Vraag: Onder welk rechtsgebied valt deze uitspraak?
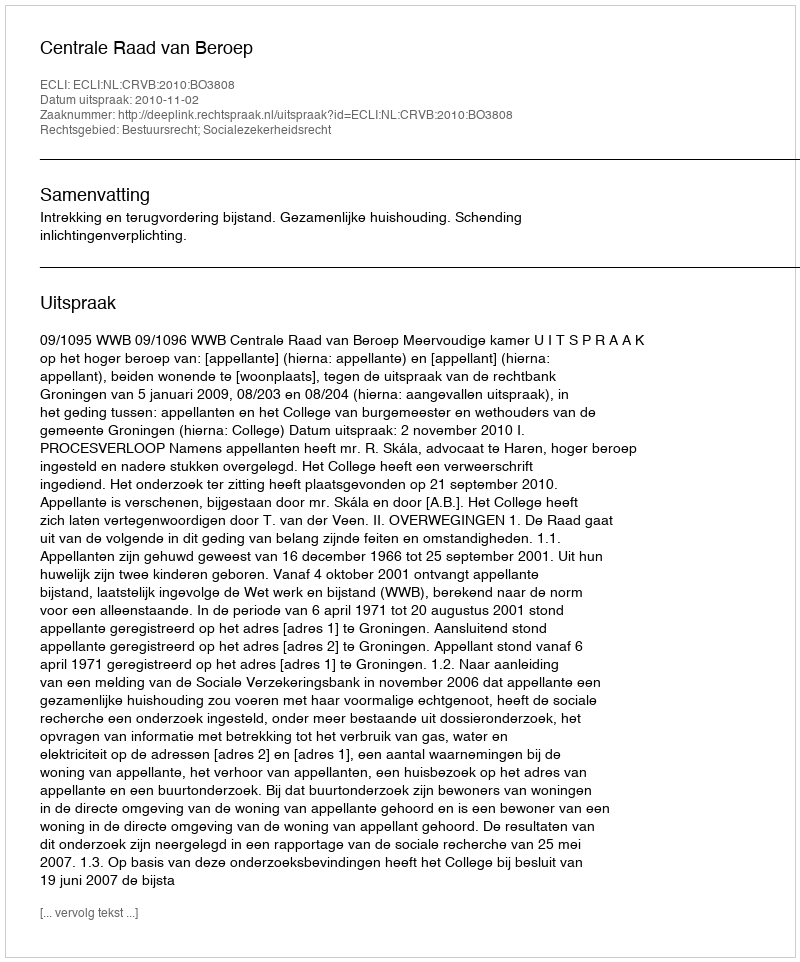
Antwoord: Bestuursrecht; Socialezekerheidsrecht